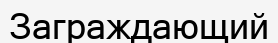
Заграждающий